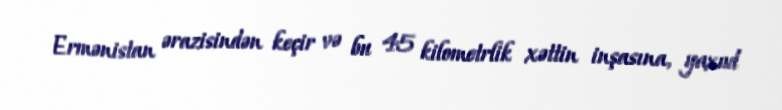
Ermənistan ərazisindən keçir və bu 45 kilometrlik xəttin inşasına, yaxud